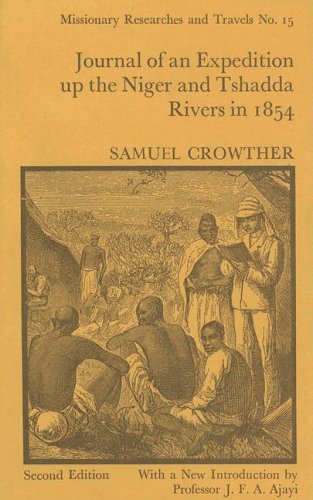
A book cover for Journal of an Expedition Up the Niger and Tshadda Rivers Undertaken by MacGregor Laird...in 1854 (Cass Library of African Studies. Missionary Researches and T); Samuel Crowther; Travel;